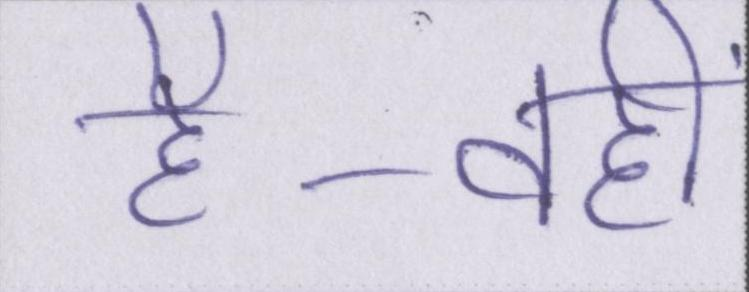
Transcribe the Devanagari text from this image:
है-वहीं